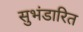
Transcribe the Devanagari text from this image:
सुभंडारित